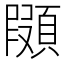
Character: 䫗